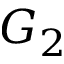
G _ { 2 }